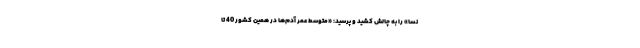
نسا» را به چالش کشید و پرسید: «متوسط عمر آدم‌ها در همین کشور 40 تا